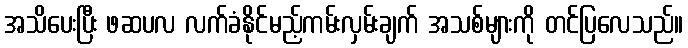
အသိပေးပြီး ဖဆပလ လက်ခံနိုင်မည့်ကမ်းလှမ်းချက် အသစ်များကို တင်ပြလေသည်။